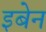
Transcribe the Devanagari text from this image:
इबेन